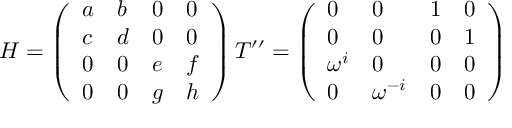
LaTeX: \begin{array} { c } { { H = \left( \begin{array} { l l l l } { { a } } & { { b } } & { { 0 } } & { { 0 } } \\ { { c } } & { { d } } & { { 0 } } & { { 0 } } \\ { { 0 } } & { { 0 } } & { { e } } & { { f } } \\ { { 0 } } & { { 0 } } & { { g } } & { { h } } \end{array} \right) T ^ { \prime \prime } = \left( \begin{array} { l l l l } { { 0 } } & { { 0 } } & { { 1 } } & { { 0 } } \\ { { 0 } } & { { 0 } } & { { 0 } } & { { 1 } } \\ { { \omega ^ { i } } } & { { 0 } } & { { 0 } } & { { 0 } } \\ { { 0 } } & { { \omega ^ { - i } } } & { { 0 } } & { { 0 } } \end{array} \right) } } \end{array}